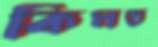
কিমত